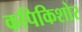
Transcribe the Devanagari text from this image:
कपिकिशोर